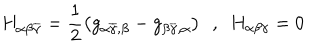
H _ { \alpha \beta \overline { { { \gamma } } } } = \frac { 1 } { 2 } \left( g _ { \alpha \overline { { { \gamma } } } , \beta } - g _ { \beta \overline { { { \gamma } } } , \alpha } \right) \ \ , \ \ H _ { \alpha \beta \gamma } = 0